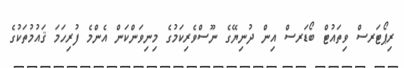
ރިޕޯޓަރސް ވިތައުޓް ބޯޑަރސް އިން ދުނިޔޭގެ ނޫސްވެރިިކަމުގެ މިނިވަންކަން އެންމެ ފުރިހަމަ ޤައުމުތަކުގެ